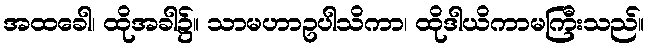
အထခေါ၊ ထိုအခါ၌။ သာမဟာဥပါသိကာ၊ ထိုဒါယိကာမကြီးသည်။